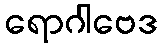
ရောဂါဗေဒ